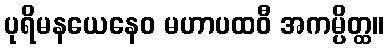
ပုရိမနယေနေဝ မဟာပထဝီ အကမ္ပိတ္ထ။